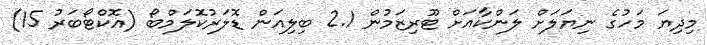
މިދިޔަ މަހުގެ ނިޔަަލަށް ލަންކާއަށް ޓޫރިޒަމުން 2.1 ބިލިއަން ޑޮލަރުކޮލަމްބޯ (އޮކްޓޯބަރު 15)